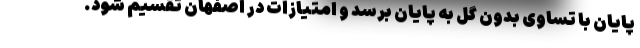
پایان با تساوی بدون گل به پایان برسد و امتیازات در اصفهان تقسیم شود.